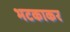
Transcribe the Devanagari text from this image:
भटकाकर